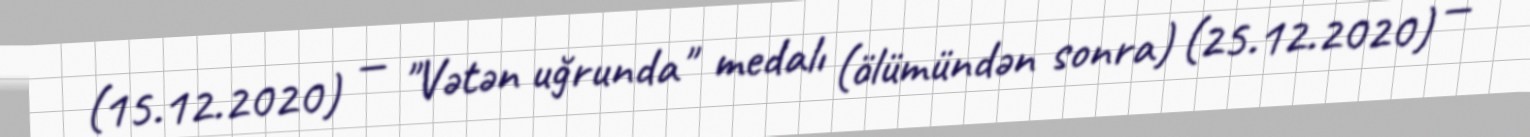
(15.12.2020) — "Vətən uğrunda" medalı (ölümündən sonra) (25.12.2020) —